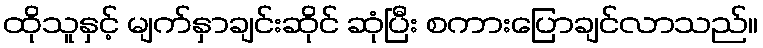
ထိုသူနှင့် မျက်နှာချင်းဆိုင် ဆုံပြီး စကားပြောချင်လာသည်။